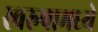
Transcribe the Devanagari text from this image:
स्वरुपामध्ये